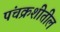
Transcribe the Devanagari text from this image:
पंचक्रशीतील